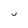
Character: U